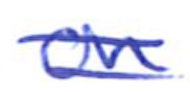
Text: on
Cross-out: double-line
Writing tool: ballpoint